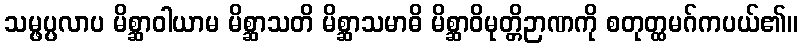
သမ္ဖပ္ပလာပ မိစ္ဆာဝါယာမ မိစ္ဆာသတိ မိစ္ဆာသမာဓိ မိစ္ဆာဝိမုတ္တိဉာဏကို စတုတ္ထမဂ်ကပယ်၏။